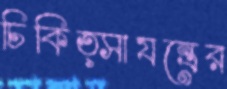
চিকিত্সাযন্ত্রের